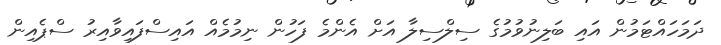
ދަމަހައްޓަމުން އައި ބަލިނުވުމުގެ ސިލްސިލާ އަށް އެންމެ ފަހުން ނިމުމެއް އައިސްފައިވާއިރު ސްޕެއިން